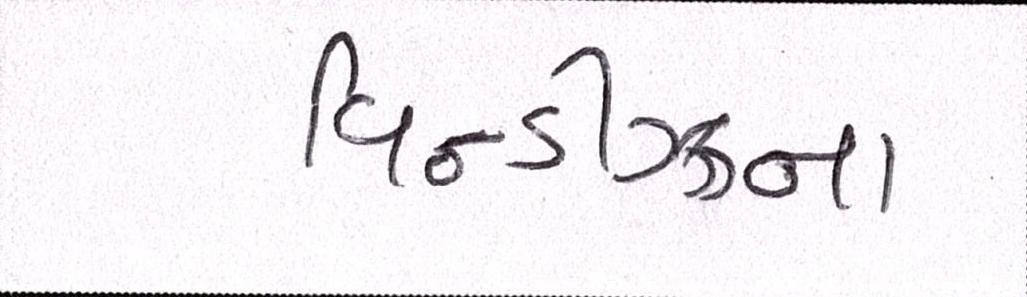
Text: વિન્ડીઝના